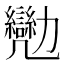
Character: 𠣈